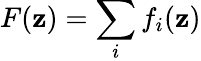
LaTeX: F(\mathbf{z})=\sum_{i}f_{i}(\mathbf{z})